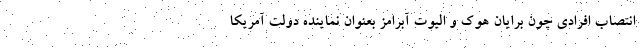
انتصاب افرادی چون برایان هوک و الیوت آبرامز بعنوان نماینده دولت آمریکا